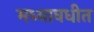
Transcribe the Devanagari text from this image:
मध्यावधीत